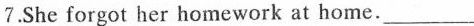
7.She forgot her homework at home. ___